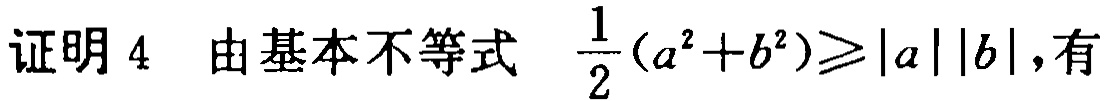
证明 4  由基本不等式 $\frac{1}{2}(a^{2}+b^{2})\geqslant|a||b|$,有